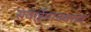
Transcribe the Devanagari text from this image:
सवाईमाधवराव